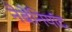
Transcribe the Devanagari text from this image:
नेबेनियांद